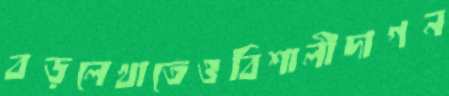
বড়লেখাতেওবিশালীদাগন